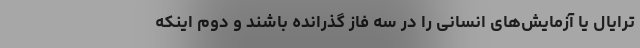
ترایال یا آزمایش‌های انسانی را در سه فاز گذرانده باشند و دوم اینکه